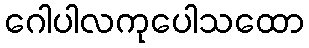
ဂေါပါလကုပေါသထော